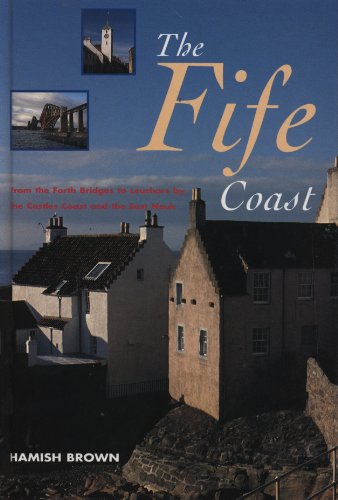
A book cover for The Fife Coast; Hamish Brown; Travel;